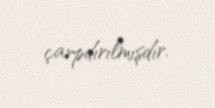
çarpdırılmışdır.